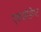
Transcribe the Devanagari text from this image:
एक्सीडेण्ट